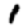
Digit: 1